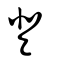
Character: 登